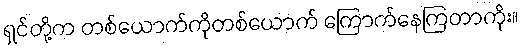
ရှင်တို့က တစ်ယောက်ကိုတစ်ယောက် ကြောက်နေကြတာကိုး။